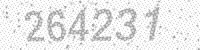
Solution: 264231